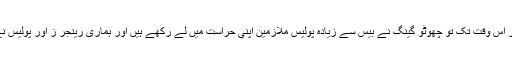
اس کی بات پھر کسی وقت کریں گے مگر اس وقت تک تو چھوٹو گینگ نے بیس سے زیادہ پولیس ملازمین اپنی حراست میں لے رکھے ہیں اور ہماری رینجر ز اور پولیس نے چاروں طرف گھیرا تنگ کر رکھا ہے۔